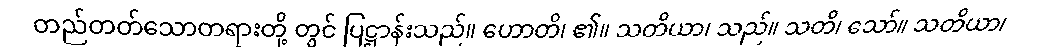
တည်တတ်သောတရားတို့ တွင် ပြဋ္ဌာန်းသည်။ ဟောတိ၊ ၏။ သတိယာ၊ သည်။ သတိ၊ သော်။ သတိယာ၊